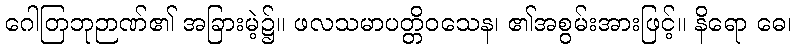
ဂေါတြဘုဉာဏ်၏ အခြားမဲ့၌။ ဖလသမာပတ္တိဝသေန၊ ၏အစွမ်းအားဖြင့်။ နိရော ဓေ၊